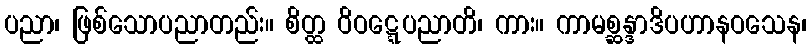
ပညာ၊ ဖြစ်သောပညာတည်း။ စိတ္ထ ဝိဝဋ္ဋေပညာတိ၊ ကား။ ကာမစ္ဆန္ဒာဒိပဟာနဝသေန၊